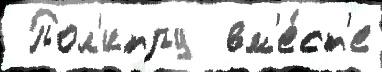
 Пол'итру  вм'е́ст'е